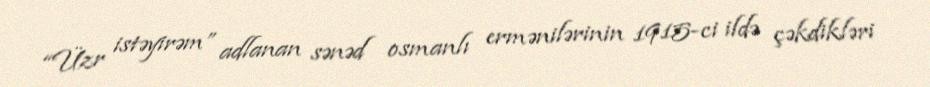
“Üzr istəyirəm” adlanan sənəd osmanlı ermənilərinin 1915-ci ildə çəkdikləri